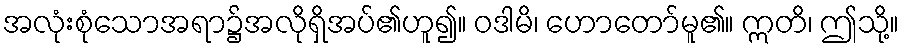
အလုံးစုံသောအရာ၌အလိုရှိအပ်၏ဟူ၍။ ဝဒါမိ၊ ဟောတော်မူ၏။ ဣတိ၊ ဤသို့။